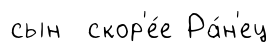
сын скор'е́е Ра́н'ец